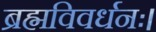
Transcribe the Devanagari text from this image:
ब्रह्मविवर्धनः।